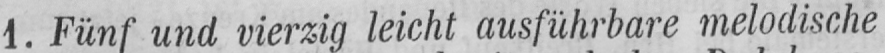
1. Fünf und vierzig leicht ausführbare melodische